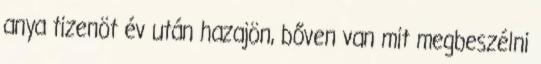
anya tizenöt év után hazajön, bőven van mit megbeszélni